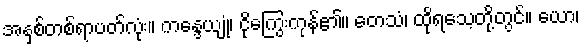
အနှစ်တစ်ရာပတ်လုံး။ ကန္ဒေယျုံ၊ ငိုကြွေးကုန်၏။ တေသံ၊ ထိုရသေ့တို့တွင်။ ယော၊